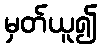
မှတ်ယူ၍